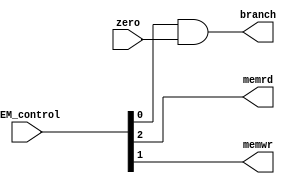
module MEM_STAGE
(
    input   [2:0]   MEM_control         ,
    input           zero                ,

    output          branch              ,
    output          memrd               ,
    output          memwr               
);

    assign branch = MEM_control[0] & zero;
    assign memrd = MEM_control[2];
    assign memwr = MEM_control[1];

endmodule